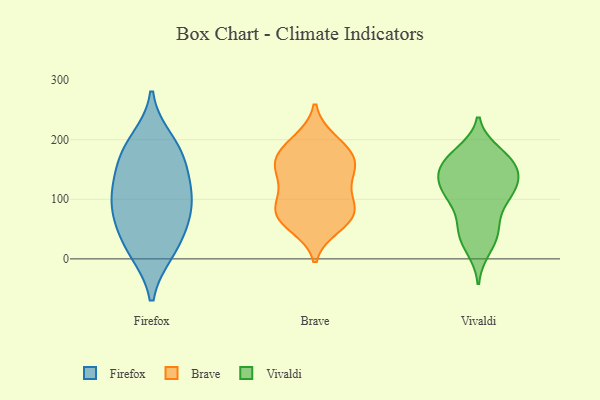
{"axis": {"x": "Waste Production (Tons)", "y": "Value"}, "legend": ["Brave", "Firefox", "Vivaldi"], "data": [{"x": "", "y": 94, "type": "Firefox"}, {"x": "", "y": 111, "type": "Firefox"}, {"x": "", "y": 12, "type": "Firefox"}, {"x": "", "y": 86, "type": "Firefox"}, {"x": "", "y": 52, "type": "Firefox"}, {"x": "", "y": 147, "type": "Firefox"}, {"x": "", "y": 12, "type": "Firefox"}, {"x": "", "y": 58, "type": "Firefox"}, {"x": "", "y": 176, "type": "Firefox"}, {"x": "", "y": 199, "type": "Firefox"}, {"x": "", "y": 121, "type": "Firefox"}, {"x": "", "y": 179, "type": "Firefox"}, {"x": "", "y": 196, "type": "Brave"}, {"x": "", "y": 200, "type": "Brave"}, {"x": "", "y": 111, "type": "Brave"}, {"x": "", "y": 91, "type": "Brave"}, {"x": "", "y": 174, "type": "Brave"}, {"x": "", "y": 86, "type": "Brave"}, {"x": "", "y": 74, "type": "Brave"}, {"x": "", "y": 66, "type": "Brave"}, {"x": "", "y": 54, "type": "Brave"}, {"x": "", "y": 129, "type": "Brave"}, {"x": "", "y": 146, "type": "Brave"}, {"x": "", "y": 144, "type": "Brave"}, {"x": "", "y": 169, "type": "Brave"}, {"x": "", "y": 61, "type": "Brave"}, {"x": "", "y": 83, "type": "Brave"}, {"x": "", "y": 169, "type": "Brave"}, {"x": "", "y": 160, "type": "Brave"}, {"x": "", "y": 41, "type": "Vivaldi"}, {"x": "", "y": 161, "type": "Vivaldi"}, {"x": "", "y": 108, "type": "Vivaldi"}, {"x": "", "y": 178, "type": "Vivaldi"}, {"x": "", "y": 135, "type": "Vivaldi"}, {"x": "", "y": 51, "type": "Vivaldi"}, {"x": "", "y": 17, "type": "Vivaldi"}, {"x": "", "y": 170, "type": "Vivaldi"}, {"x": "", "y": 151, "type": "Vivaldi"}, {"x": "", "y": 108, "type": "Vivaldi"}, {"x": "", "y": 166, "type": "Vivaldi"}, {"x": "", "y": 128, "type": "Vivaldi"}, {"x": "", "y": 111, "type": "Vivaldi"}, {"x": "", "y": 97, "type": "Vivaldi"}, {"x": "", "y": 33, "type": "Vivaldi"}, {"x": "", "y": 141, "type": "Vivaldi"}, {"x": "", "y": 164, "type": "Vivaldi"}, {"x": "", "y": 118, "type": "Vivaldi"}, {"x": "", "y": 62, "type": "Vivaldi"}]}